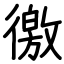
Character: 徼